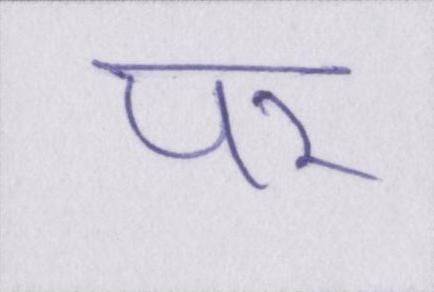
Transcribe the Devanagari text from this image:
पर